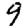
Digit: 9